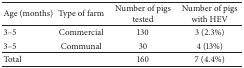
<table><thead><tr><td><b>Age (months)</b></td><td><b>Type of farm</b></td><td><b>Number of pigs tested</b></td><td><b>Number of pigs with HEV</b></td></tr></thead><tbody><tr><td>3–5</td><td>Commercial</td><td>130</td><td>3 (2.3%)</td></tr><tr><td>3–5</td><td>Communal</td><td>30</td><td>4 (13%)</td></tr><tr><td>Total</td><td> </td><td>160</td><td>7 (4.4%)</td></tr></tbody></table>